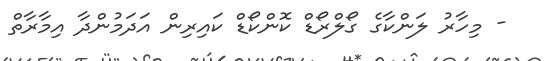
- މިހާރު ލަންކާގެ ގޯލްރޯޑް ކޮންކޯޑް ކައިރިން އަދަމުންދާ އިމާރާތް